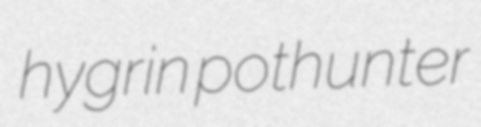
hygrin pothunter